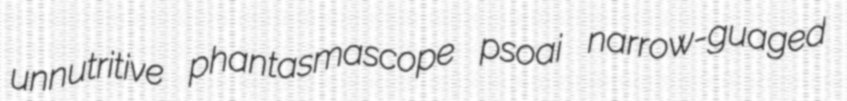
unnutritive phantasmascope psoai narrow-guaged